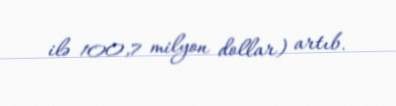
ilə 100,7 milyon dollar) artıb.